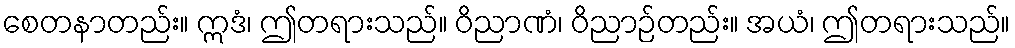
စေတနာတည်း။ ဣဒံ၊ ဤတရားသည်။ ဝိညာဏံ၊ ဝိညာဉ်တည်း။ အယံ၊ ဤတရားသည်။